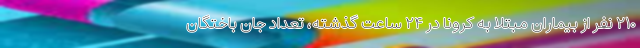
۲۱۰ نفر از بیماران مبتلا به کرونا در ۲۴ ساعت گذشته، تعداد جان باختگان